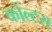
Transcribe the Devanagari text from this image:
कोल्टस्